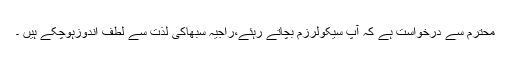
محترم سے درخواست ہے کہ آپ سیکولرزم بچاتے رہئے،راجیہ سبھاکی لذت سے لطف اندوزہوچکے ہیں ۔